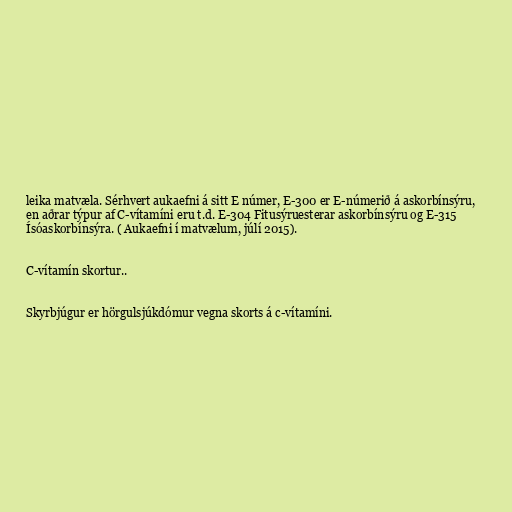
leika matvæla. Sérhvert aukaefni á sitt E númer, E-300 er E-númerið á askorbínsýru,
en aðrar týpur af C-vítamíni eru t.d. E-304 Fitusýruesterar askorbínsýru og E-315
Ísóaskorbínsýra. ( Aukaefni í matvælum, júlí 2015).

C-vítamín skortur..

Skyrbjúgur er hörgulsjúkdómur vegna skorts á c-vítamíni.